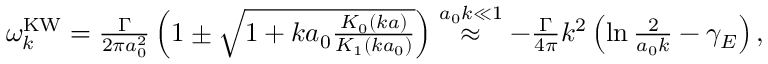
\begin{array} { r } { \omega _ { k } ^ { \mathrm { K W } } = \frac { \Gamma } { 2 \pi a _ { 0 } ^ { 2 } } \left( 1 \pm \sqrt { 1 + k a _ { 0 } \frac { K _ { 0 } ( k a ) } { K _ { 1 } ( k a _ { 0 } ) } } \right) \stackrel { a _ { 0 } k \ll 1 } { \approx } - \frac { \Gamma } { 4 \pi } k ^ { 2 } \left( \ln \frac { 2 } { a _ { 0 } k } - \gamma _ { E } \right) , } \end{array}